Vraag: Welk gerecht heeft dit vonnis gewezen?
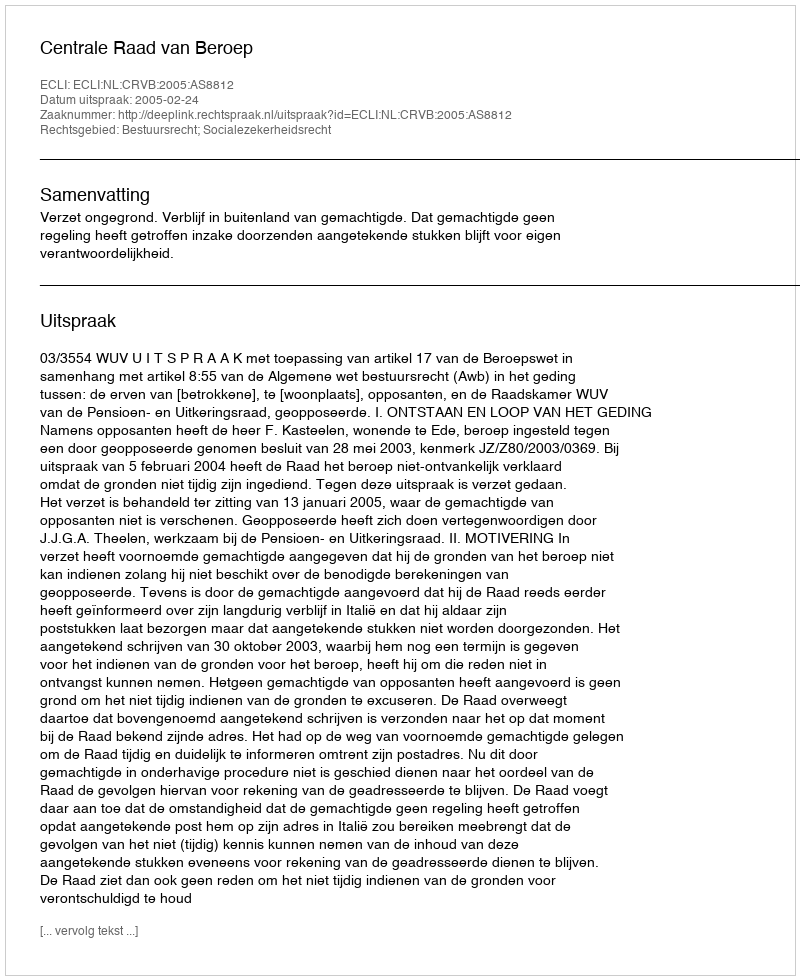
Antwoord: Centrale Raad van Beroep